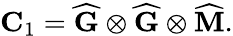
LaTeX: \mathbf{C}_{1}=\widehat{\mathbf{G}}\otimes\widehat{\mathbf{G}}\otimes\widehat{\mathbf{M}}.